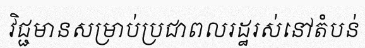
វិជ្ជមានសម្រាប់ប្រជាពលរដ្ឋរស់នៅតំបន់